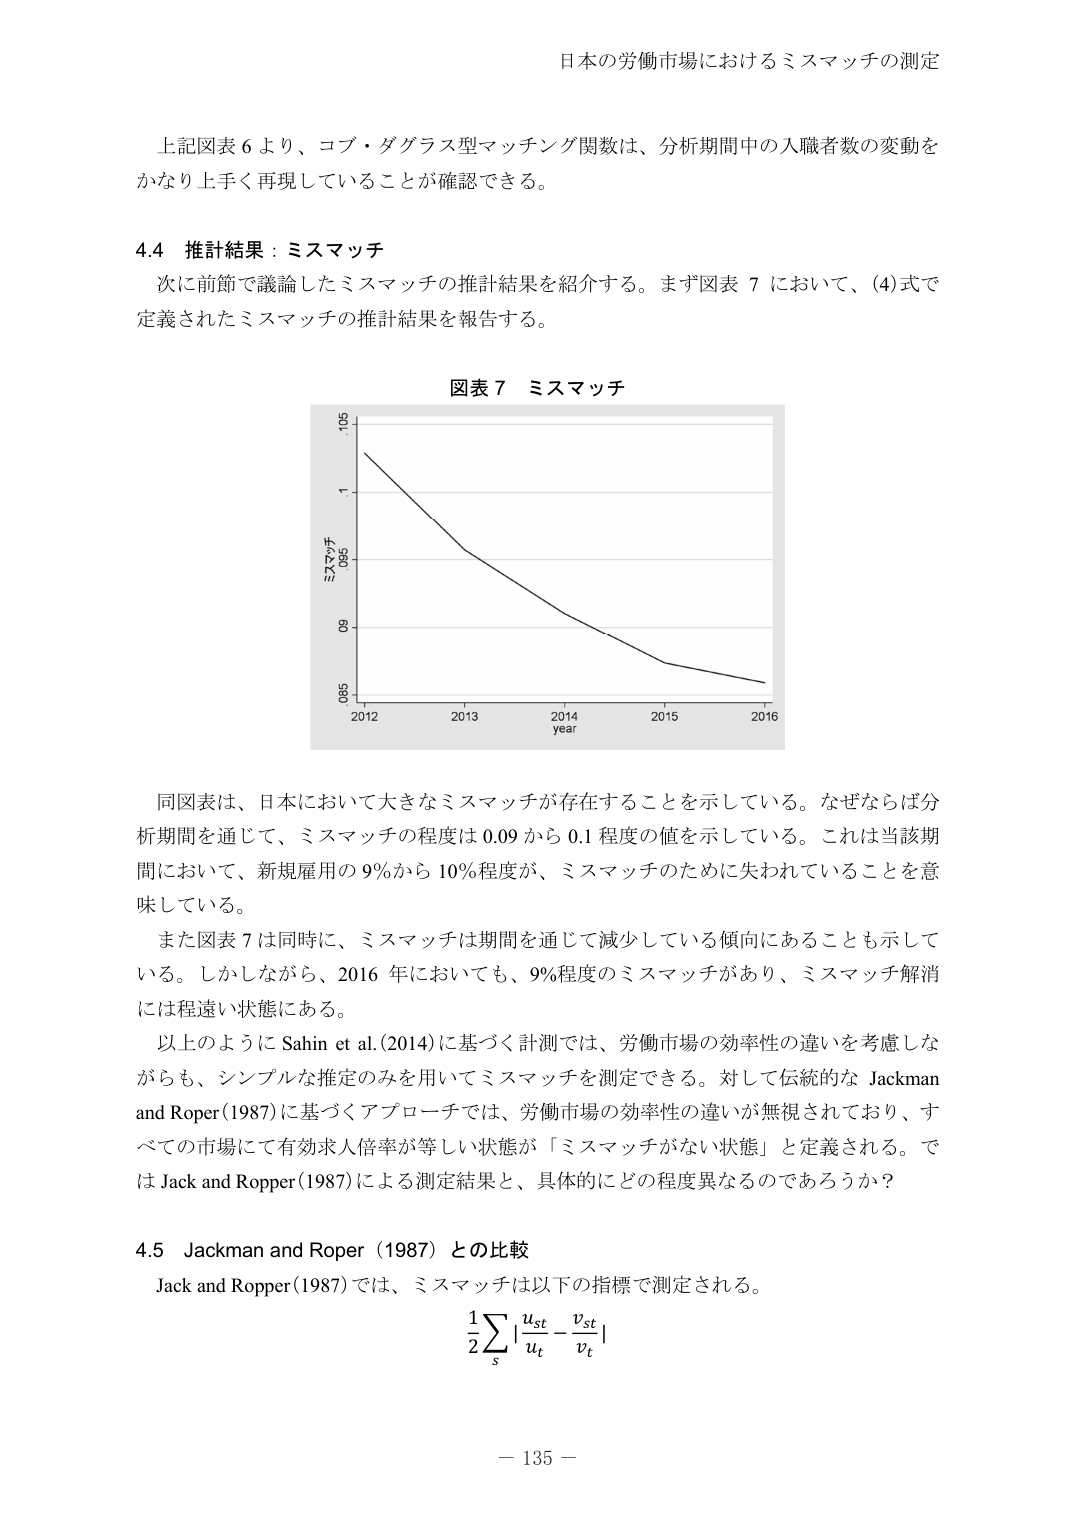
日本の労働市場におけるミスマッチの測定

上記図表６より、コブ・ダグラス型マッチング関数は、分析期間中の入職者数の変動を
かなり上手く再現していることが確認できる。

4.4 推計結果：ミスマッチ
次に前節で議論したミスマッチの推計結果を紹介する。まず図表７において、(4)式で
定義されたミスマッチの推計結果を報告する。

図表７ ミスマッチ

ミスマッチ
1.05
1.0
0.95
0.9
0.85
2012 2013 2014 2015 2016
year

同図表は、日本において大きなミスマッチが存在することを示している。なぜならば分
析期間を通じて、ミスマッチの程度は 0.09 から 0.1 程度の値を示している。これは当該期
間において、新規雇用の 9％から 10％程度が、ミスマッチのために失われていることを意
味している。
また図表７は同時に、ミスマッチは期間を通じて減少している傾向にあることも示して
いる。しかしながら、2016 年においても、9％程度のミスマッチがあり、ミスマッチ解消
には程遠い状態にある。
以上のように Sahin et al. (2014) に基づく計測では、労働市場の効率性の違いを考慮しな
がらも、シンプルな推定のみを用いてミスマッチを測定できる。対して伝統的な Jackman
and Roper (1987) に基づくアプローチでは、労働市場の効率性の違いが無視されており、す
べての市場にて有効求人倍率が等しい状態が「ミスマッチがない状態」と定義される。で
は Jack and Ropper (1987) による測定結果と、具体的にどの程度異なるのであろうか？

4.5 Jackman and Roper (1987) との比較
Jack and Ropper (1987) では、ミスマッチは以下の指標で測定される。
1/2 Σ | u_st / u_t - v_st / v_t |
s

－ 135 －